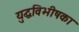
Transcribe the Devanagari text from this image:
युद्धविभीषका